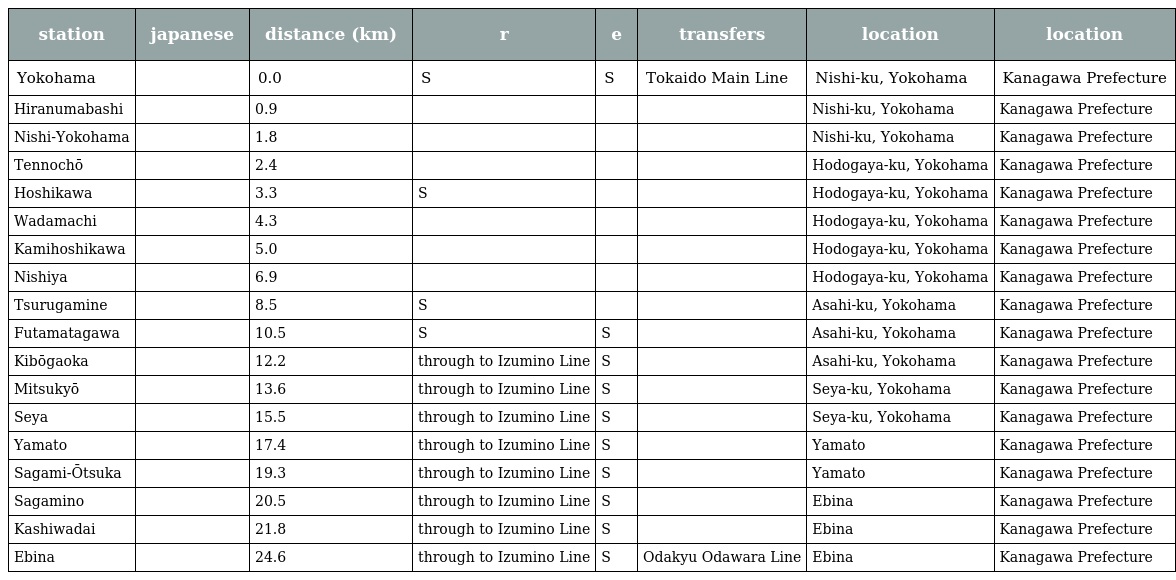
| station | japanese | distance (km) | r | e | transfers | location | location |
 | --- | --- | --- | --- | --- | --- | --- | --- |
 | Yokohama | 横浜 | 0.0 | S | S | Tokaido Main Line | Nishi-ku, Yokohama | Kanagawa Prefecture |
 | Hiranumabashi | 平沼橋 | 0.9 |  |  |  | Nishi-ku, Yokohama | Kanagawa Prefecture |
 | Nishi-Yokohama | 西横浜 | 1.8 |  |  |  | Nishi-ku, Yokohama | Kanagawa Prefecture |
 | Tennochō | 天王町 | 2.4 |  |  |  | Hodogaya-ku, Yokohama | Kanagawa Prefecture |
 | Hoshikawa | 星川 | 3.3 | S |  |  | Hodogaya-ku, Yokohama | Kanagawa Prefecture |
 | Wadamachi | 和田町 | 4.3 |  |  |  | Hodogaya-ku, Yokohama | Kanagawa Prefecture |
 | Kamihoshikawa | 上星川 | 5.0 |  |  |  | Hodogaya-ku, Yokohama | Kanagawa Prefecture |
 | Nishiya | 西谷 | 6.9 |  |  |  | Hodogaya-ku, Yokohama | Kanagawa Prefecture |
 | Tsurugamine | 鶴ヶ峰 | 8.5 | S |  |  | Asahi-ku, Yokohama | Kanagawa Prefecture |
 | Futamatagawa | 二俣川 | 10.5 | S | S |  | Asahi-ku, Yokohama | Kanagawa Prefecture |
 | Kibōgaoka | 希望ヶ丘 | 12.2 | through to Izumino Line | S |  | Asahi-ku, Yokohama | Kanagawa Prefecture |
 | Mitsukyō | 三ツ境 | 13.6 | through to Izumino Line | S |  | Seya-ku, Yokohama | Kanagawa Prefecture |
 | Seya | 瀬谷 | 15.5 | through to Izumino Line | S |  | Seya-ku, Yokohama | Kanagawa Prefecture |
 | Yamato | 大和 | 17.4 | through to Izumino Line | S |  | Yamato | Kanagawa Prefecture |
 | Sagami-Ōtsuka | 相模大塚 | 19.3 | through to Izumino Line | S |  | Yamato | Kanagawa Prefecture |
 | Sagamino | さがみ野 | 20.5 | through to Izumino Line | S |  | Ebina | Kanagawa Prefecture |
 | Kashiwadai | かしわ台 | 21.8 | through to Izumino Line | S |  | Ebina | Kanagawa Prefecture |
 | Ebina | 海老名 | 24.6 | through to Izumino Line | S | Odakyu Odawara Line | Ebina | Kanagawa Prefecture |